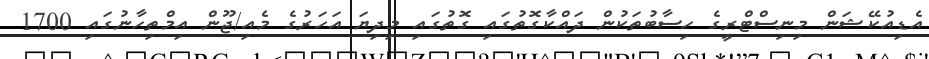
އެޑިއުކޭޝަން މިނިސްޓްރީގެ ހިސާބުތަކުން ދައްކާގޮތުގައި ގޮތުގައި މިދިޔަ އަހަރުގެ މެއި/ޖޫން އިމްތިިހާނުގައި 1700